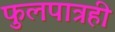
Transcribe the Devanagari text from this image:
फुलपात्रही